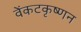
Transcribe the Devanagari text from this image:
वेंकटकृष्णन